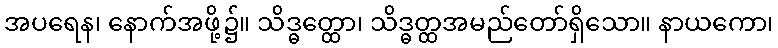
အပရေန၊ နောက်အဖို့၌။ သိဒ္ဓတ္ထော၊ သိဒ္ဓတ္ထအမည်တော်ရှိသော။ နာယကော၊